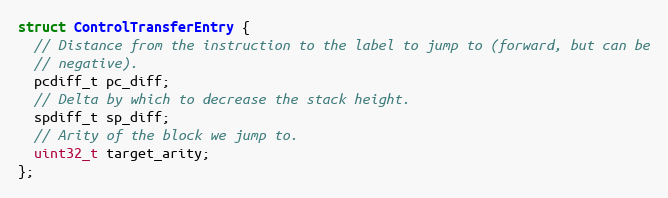
Language: C
struct ControlTransferEntry {
  // Distance from the instruction to the label to jump to (forward, but can be
  // negative).
  pcdiff_t pc_diff;
  // Delta by which to decrease the stack height.
  spdiff_t sp_diff;
  // Arity of the block we jump to.
  uint32_t target_arity;
};